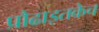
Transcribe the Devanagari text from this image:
प्रौढाइतकेच